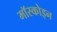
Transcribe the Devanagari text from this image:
मॉस्कोइन